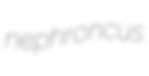
nephroncus